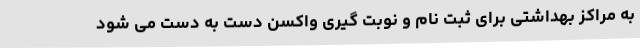
به مراکز بهداشتی برای ثبت نام و نوبت گیری واکسن دست به دست می شود